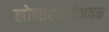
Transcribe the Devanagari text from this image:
लोणारवाडीजवळ